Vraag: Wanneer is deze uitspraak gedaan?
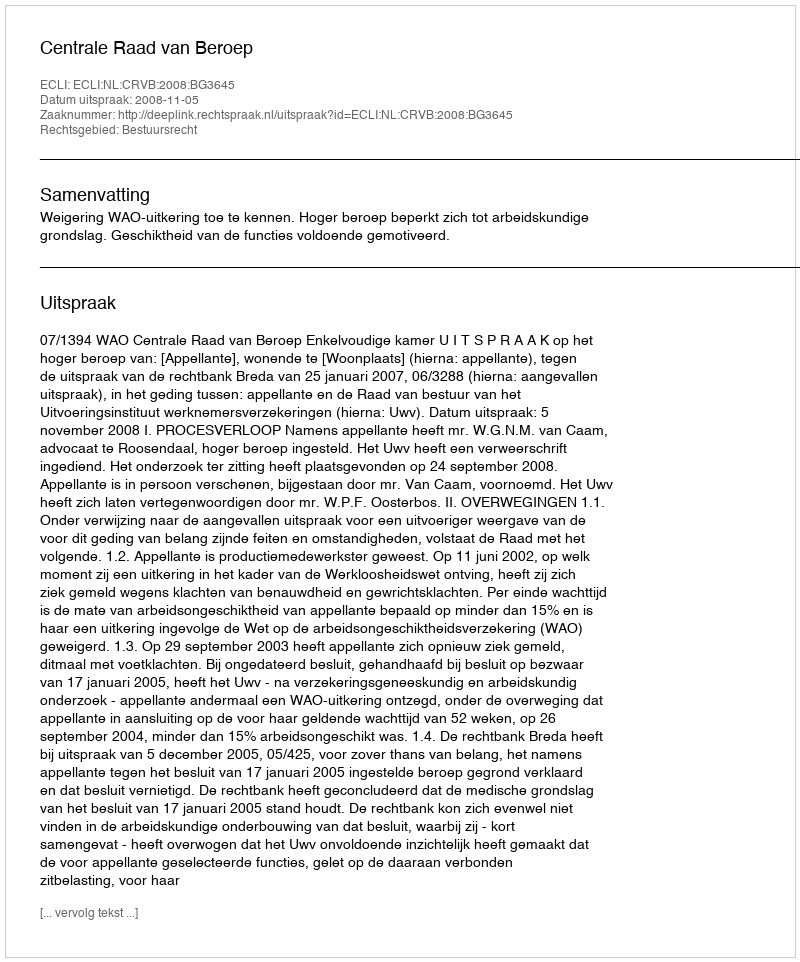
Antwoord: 2008-11-05